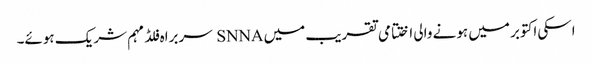
اسکی اکتوبر میں ہونے والی اختتامی تقریب میں SNNA سربراہ فلڈ مہم شریک ہوئے۔